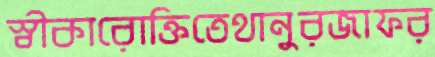
স্বীকারোক্তিতেথানুরজাফর